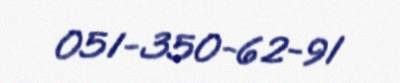
051-350-62-91